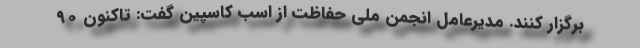
برگزار کنند. مدیرعامل انجمن ملی حفاظت از اسب کاسپین گفت: تاکنون ۹۰